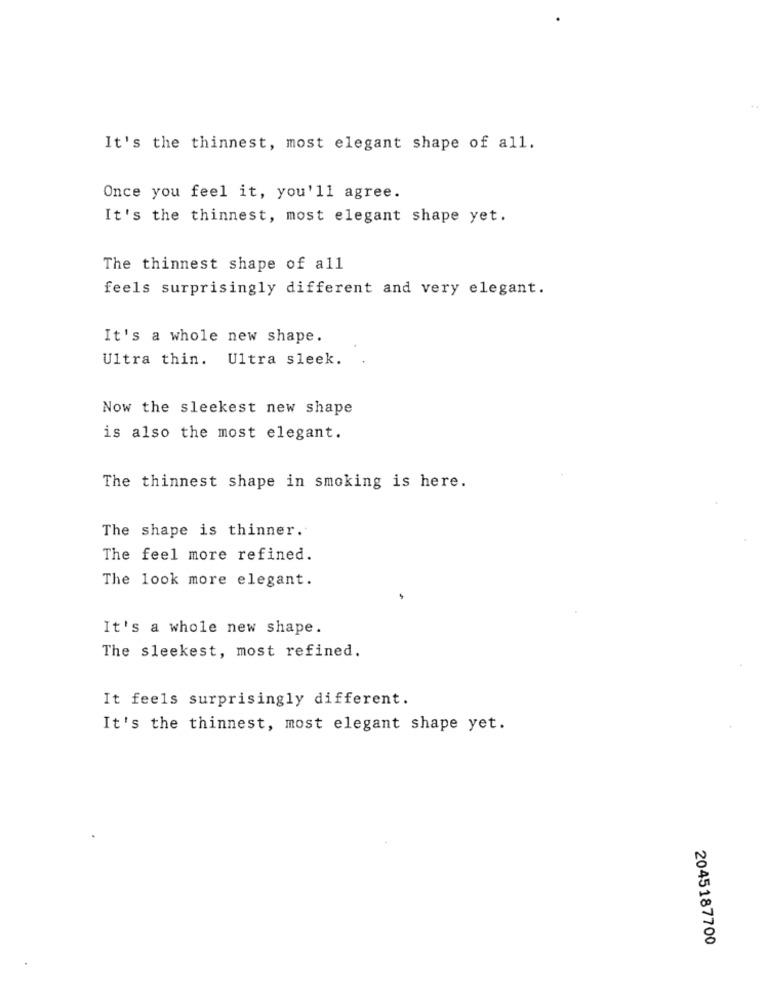
It's the thinnest, most elegant shape of all.
Once you feel it, you'll agree.
It's the thinnest, most elegant shape yet.
The thinnest shape of all
feels surprisingly different and very elegant.
It's a whole new shape.
Ultra thin. Ultra sleek.
Now the sleekest new shape
is also the most elegant.
The thinnest shape in smoking is here.
The shape is thinner.
The feel more refined.
The look more elegant.
It's a whole new shape.
The sleekest, most refined.
It feels surprisingly different.
It's the thinnest, most elegant shape yet.
2045187700